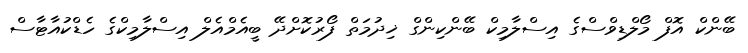
ބޭންކް އޮފް މޯލްޑިވްސްގެ އިސްލާމިކް ބޭންކިންގް ޚިދުމަތް ފޯރުކޮށްދޭ ބީއެމްއެލް އިސްލާމިކްގެ ހެޑްކުއާޓާސް